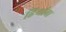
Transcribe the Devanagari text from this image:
हिर्‍यांना